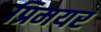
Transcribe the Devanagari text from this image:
प्रिमयर